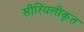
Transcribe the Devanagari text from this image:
सीरियलीकृत